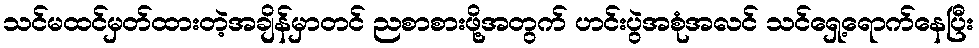
သင်မထင်မှတ်ထားတဲ့အချိန်မှာတင် ညစာစားဖို့အတွက် ဟင်းပွဲအစုံအလင် သင်ရှေ့ရောက်နေပြီး